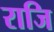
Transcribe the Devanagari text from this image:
राजि